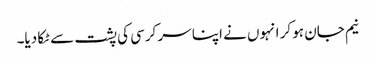
نیم جان ہو کر انہوں نے اپنا سر کرسی کی پشت سے ٹکا دیا۔